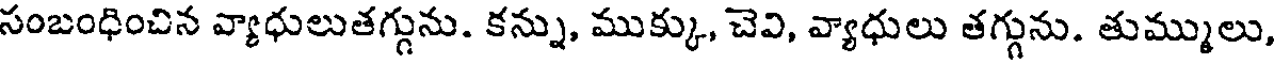
సంబంధించిన వ్యాధులుతగ్గును. కన్ను, ముక్కు, చెవి, వ్యాధులు తగ్గును. తుమ్ములు,